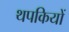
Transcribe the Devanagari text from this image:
थपकियों